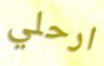
ارحلي